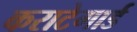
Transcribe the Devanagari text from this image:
कराटेगार्ड